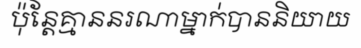
ប៉ុន្តែគ្មាននរណាម្នាក់បាននិយាយ